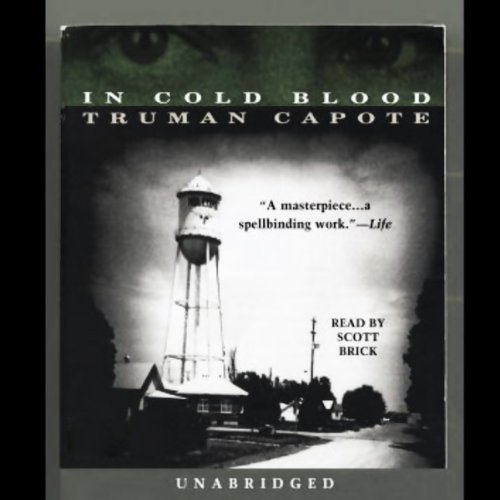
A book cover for In Cold Blood; Truman Capote; Travel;